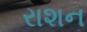
રાશન